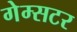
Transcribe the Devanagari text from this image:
गेम्सटर